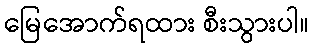
မြေအောက်ရထား စီးသွားပါ။